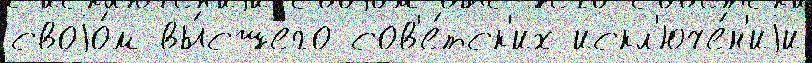
своjо́м вы́сшего сов'е́тск'их искл'юче́н'иjи